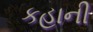
કહાની